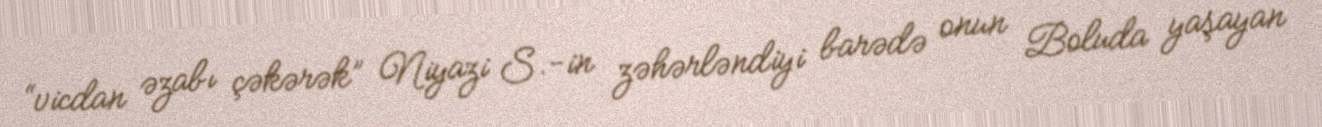
“vicdan əzabı çəkərək” Niyazi S.-in zəhərləndiyi barədə onun Boluda yaşayan